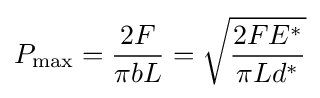
P_{\max }={\frac {2F}{\pi bL}}={\sqrt {\frac {2FE^{*}}{\pi Ld^{*}}}}